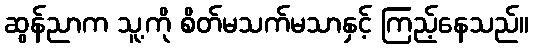
ဆွန်ညာက သူ့ကို စိတ်မသက်မသာနှင့် ကြည့်နေသည်။